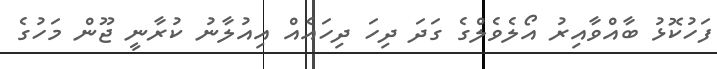
ފަހުކޮޅު ބާއްވާއިރު އޯލެވެލްގެ ގަދަ ދިހަ ދިހައެއް އިއުލާނު ކުރާނީ ޖޫން މަހުގެ